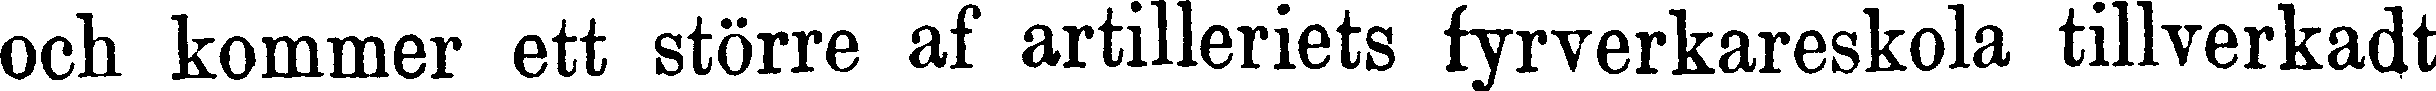
och kommer ett större af artilleriets fyrverkareskola tillverkadt